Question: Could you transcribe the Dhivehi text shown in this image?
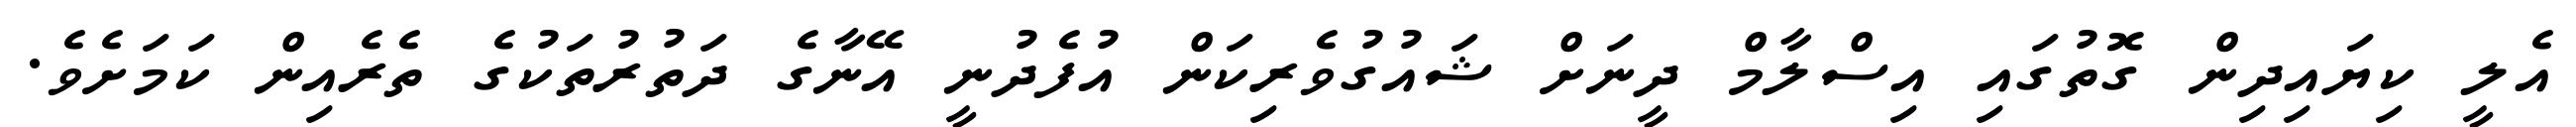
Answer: އެލީ ކިޔައިދިން ގޮތުގައި އިސްލާމް ދީނަށް ޝައުގުވެރިކަން އުފެދުނީ އޭނާގެ ދަތުރުތަކުގެ ތެރެއިން ކަމަށެވެ.